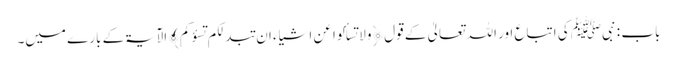
باب : نبیﷺ کی اتباع اور اللہ تعالیٰ کے قول ﴿ولا تسألوا عن اشیاءَ ان تبدلکم تسؤکم﴾ الآیۃکے بارے میں۔